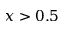
x > 0 . 5